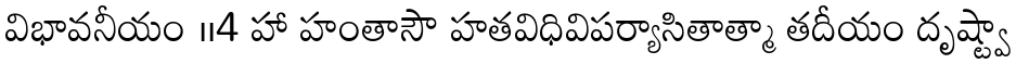
విభావనీయం ।।4 హా హంతాసౌ హతవిధివిపర్యాసితాత్మా తదీయం దృష్ట్వా